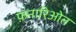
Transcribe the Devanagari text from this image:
फ़नारिओत